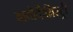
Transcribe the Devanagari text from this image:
बायोकैमिस्ट्री